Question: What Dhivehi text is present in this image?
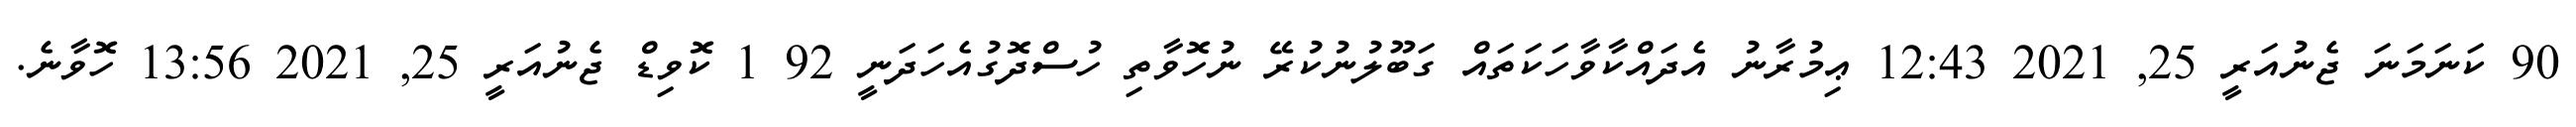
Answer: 90 ކަނަމަނަ ޖެނުއަރީ 25, 2021 12:43 ޢިމުރާނު އެދައްކާވާހަކަތައް ގަބޫލުނުކުރޭ ނުހޮވާތި ހުސްދޮގުއެހަދަނީ 92 1 ކޮވިޑް ޖެނުއަރީ 25, 2021 13:56 ހޮވާނެ.